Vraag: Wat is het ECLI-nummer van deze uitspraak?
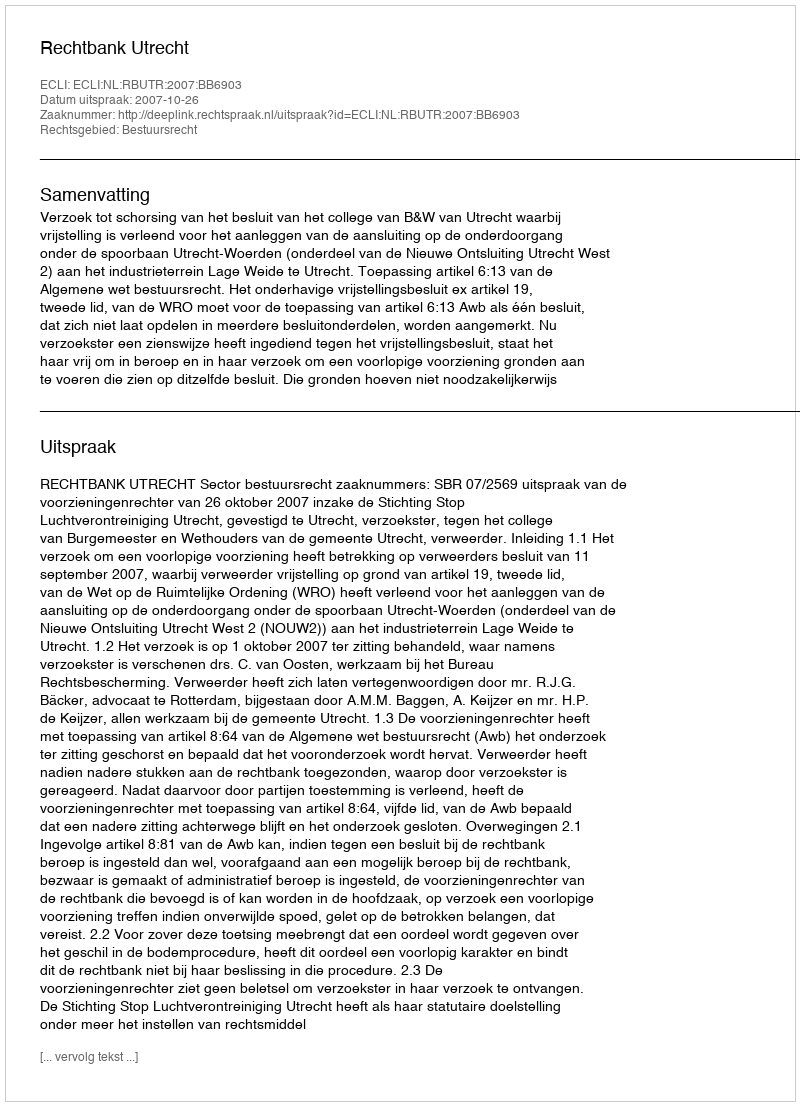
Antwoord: ECLI:NL:RBUTR:2007:BB6903